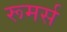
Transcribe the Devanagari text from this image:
रूमर्स